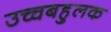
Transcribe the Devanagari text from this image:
उच्चबहुलक